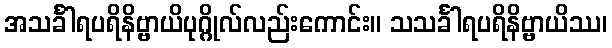
အသင်္ခါရပရိနိဗ္ဗာယိပုဂ္ဂိုလ်လည်းကောင်း။ သသင်္ခါရပရိနိဗ္ဗာယိဿ၊